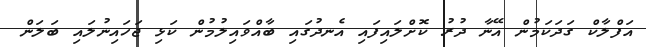
އަފްލާކް ގަދަކަމުން އޭނާ ދުރު ކޮށްލައިފައި އެނދުގައި ބާއްވައިލުމުން ކަޅި ޖަހައިނުލައި ބަލަން